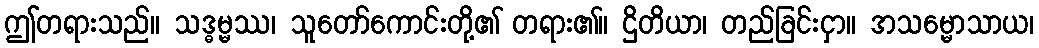
ဤတရားသည်။ သဒ္ဓမ္မဿ၊ သူတော်ကောင်းတို့၏ တရား၏။ ဌိတိယာ၊ တည်ခြင်းငှာ။ အသမ္မောသာယ၊